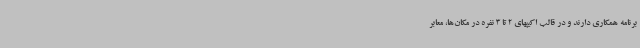
برنامه همکاری دارند و در قالب اکیپهای 2 تا 3 نفره در مکان‌ها، معابر